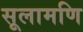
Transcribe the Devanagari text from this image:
सूलामणि